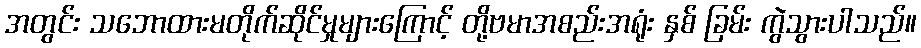
အတွင်း သဘောထားမတိုက်ဆိုင်မှုများကြောင့် တို့ဗမာအစည်းအရုံး နှစ် ခြမ်း ကွဲသွားပါသည်။